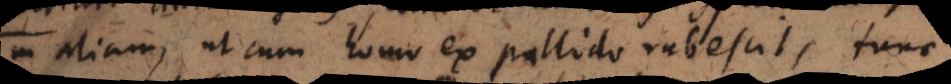
in aliam, ut cum homo ex pallido rubescit, tunc